画像に写った文字を読んでください
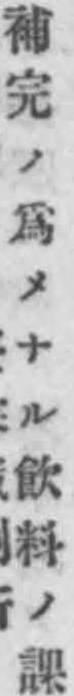
「補完ノ爲メナル飮料ノ課」と書いてあります